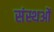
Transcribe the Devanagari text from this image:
संस्थओं